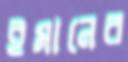
ইমানের